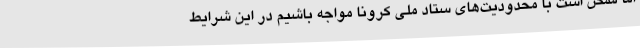
اما ممکن است با محدودیت‌های ستاد ملی کرونا مواجه باشیم در این شرایط